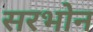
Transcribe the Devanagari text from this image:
सरभोन